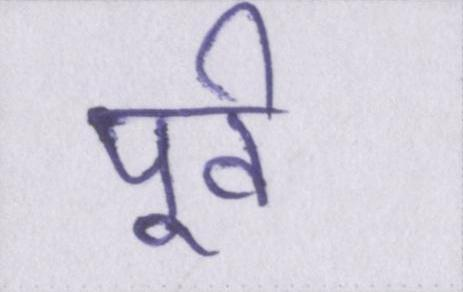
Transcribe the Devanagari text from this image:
पूर्व